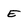
Character: E